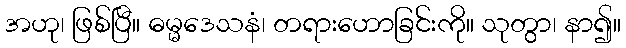
အဟု၊ ဖြစ်ပြီ။ ဓမ္မဒေသနံ၊ တရားဟောခြင်းကို။ သုတွာ၊ နာ၍။